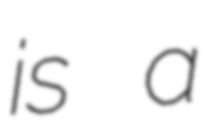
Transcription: is a